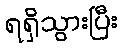
ရရှိသွားပြီး